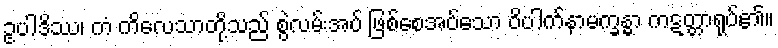
ဥပါဒိဿ၊ ကံ ကိလေသာတို့သည် စွဲလမ်းအပ် ဖြစ်စေအပ်သော ဝိပါက်နာမက္ခန္ဓာ ကဋတ္တာရုပ်၏။